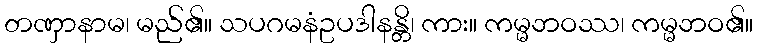
တဏှာနာမ၊ မည်၏။ သပဂမနံဥပဒါနန္တိ၊ ကား။ ကမ္မဘဝဿ၊ ကမ္မဘဝ၏။